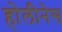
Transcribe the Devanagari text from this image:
होलीनेस